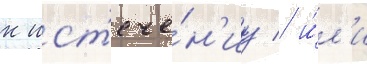
к ист'ече́н'иу / и́л'и